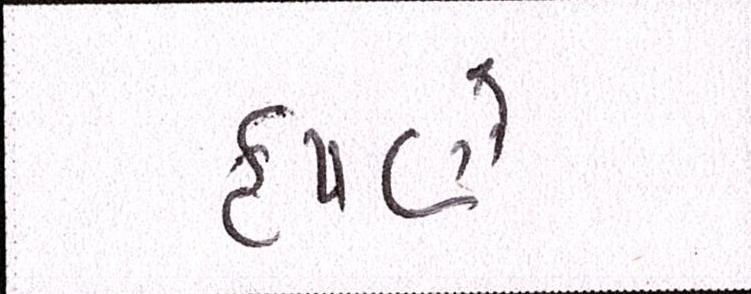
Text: કૃષ્ણે